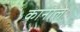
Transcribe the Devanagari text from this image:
कानाले